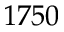
1 7 5 0